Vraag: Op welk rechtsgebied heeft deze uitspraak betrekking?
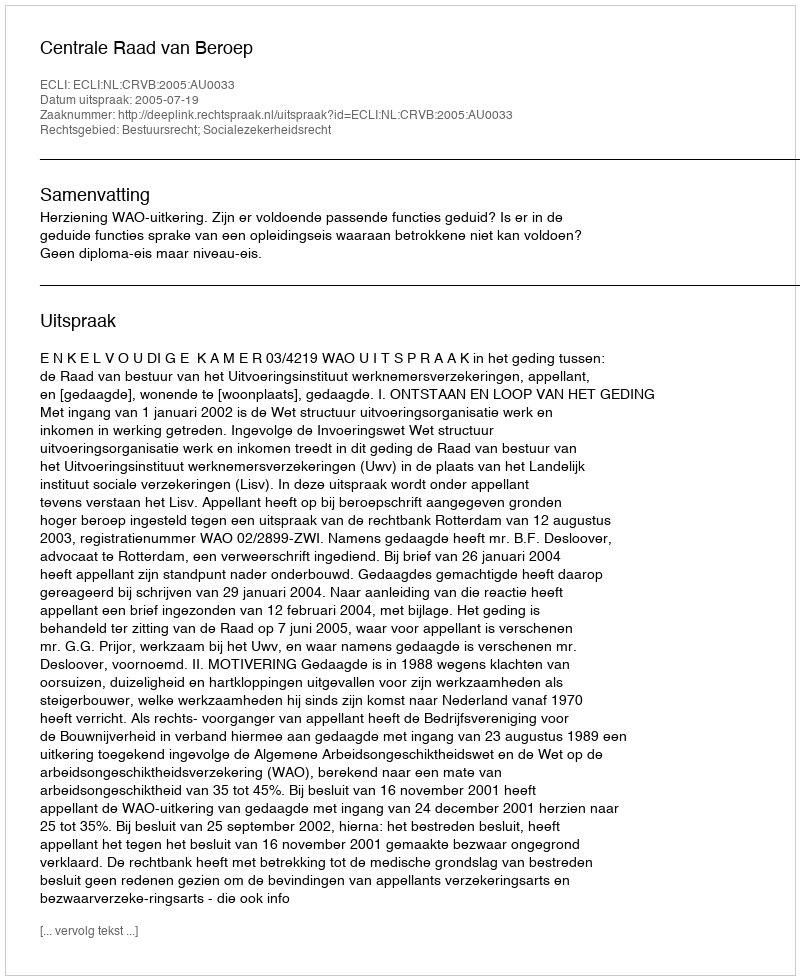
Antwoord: Bestuursrecht; Socialezekerheidsrecht